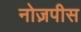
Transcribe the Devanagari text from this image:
नोज़पीस